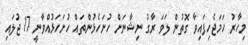
މިހާރު ހަމަޖެހިފައިވާ ގޮތުން ލަވަ ރާގު ނިޝާނަށް ހުށަހެޅުންތައް ހުށަހަޅުއްވާނީ 17 ޖުލައި